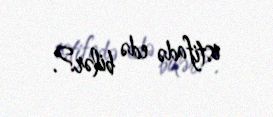
istifadə edə bilər?.